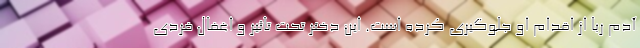
آدم ربا از اقدام او جلوگیری کرده است. این دختر تحت تاثیر و اغفال فردی